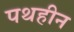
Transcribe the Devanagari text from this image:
पथहीन